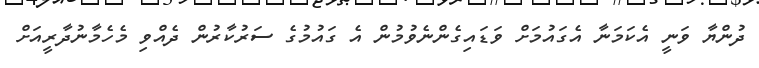
ދުންޔާ ވަނީ އެކަމަނާ އެގައުމަށް ވަޑައިގެންނެވުމުން އެ ގައުމުގެ ސަރުކާރުން ދެއްވި މެހެމާނުދާރީއަށް